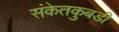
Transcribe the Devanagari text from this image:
संकेतकुबडी